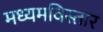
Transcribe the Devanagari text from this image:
मध्यमविस्तार